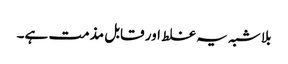
بلا شبہ یہ غلط اور قابل مذمت ہے۔